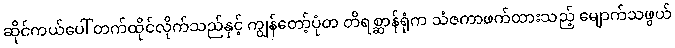
ဆိုင်ကယ်ပေါ် တက်ထိုင်လိုက်သည်နှင့် ကျွန်တော့်ပုံတ တိရစ္ဆာန်ရုံက သံဇကာဖက်ထားသည့် မျောက်သဖွယ်